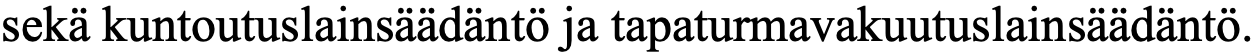
sekä kuntoutuslainsäädäntö ja tapaturmavakuutuslainsäädäntö.